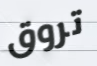
تروق